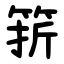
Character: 䇽